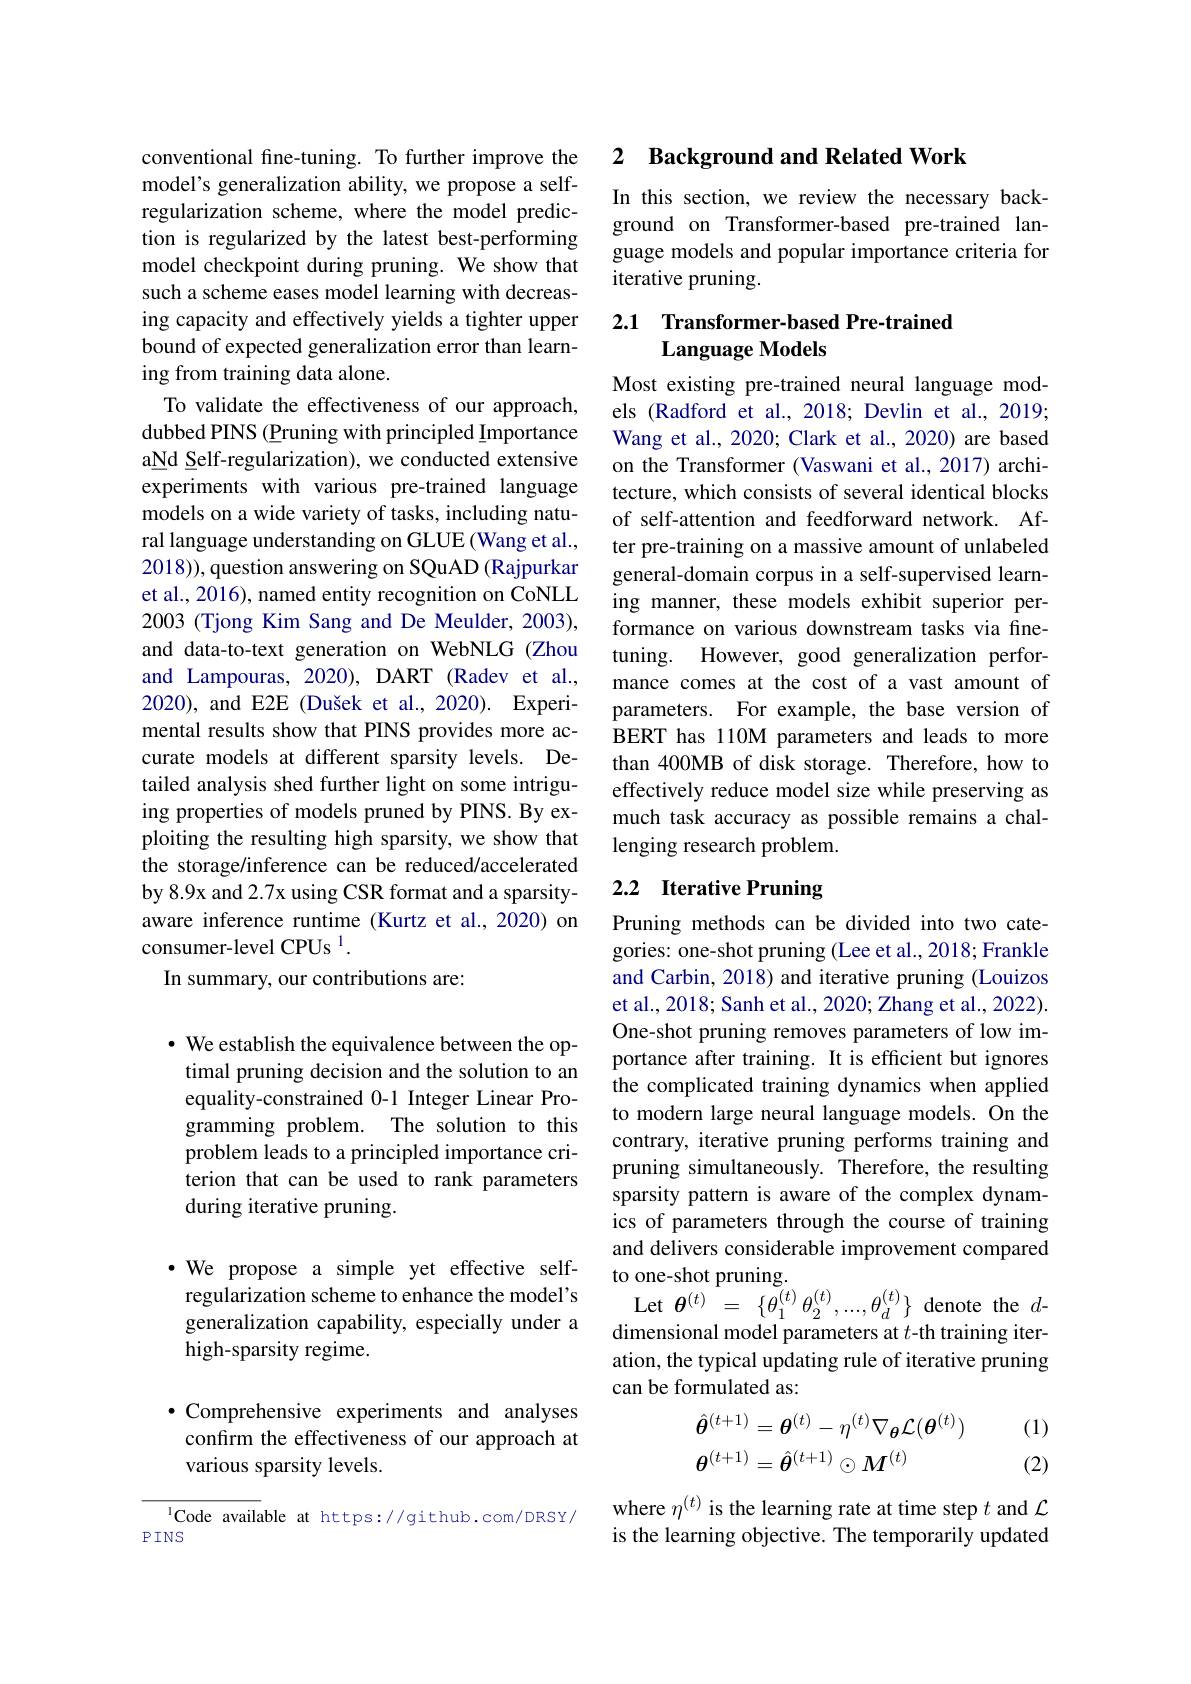
conventional fine-tuning. To further improve the model's generalization ability, we propose a selfregularization scheme, where the model prediction is regularized by the latest best-performing model checkpoint during pruning. We show that such a scheme eases model learning with decreasing capacity and effectively yields a tighter upper bound of expected generalization error than learning from training data alone.
To validate the effectiveness of our approach, dubbed PINS (Pruning with principled Importance aNd Self-regularization), we conducted extensive experiments with various pre-trained language models on a wide variety of tasks, including natural language understanding on GLUE (Wang et al., 2018)), question answering on SQuAD (Rajpurkar et al., 2016), named entity recognition on CoNLL 2003 (Tjong Kim Sang and De Meulder, 2003), and data-to-text generation on WebNLG (Zhou and Lampouras, 2020), DART (Radev et al., 2020), and E2E (Dušek et al., 2020). Experimental results show that PINS provides more accurate models at different sparsity levels. Detailed analysis shed further light on some intriguing properties of models pruned by PINS. By exploiting the resulting high sparsity, we show that the storage/inference can be reduced/accelerated by 8.9x and 2.7x using CSR format and a sparsityaware inference runtime (Kurtz et al.,2020) on consumer-level CPUs $^{1}.$
In summary, our contributions are:

$\cdot$ We establish the equivalence between the optimal pruning decision and the solution to an equality-constrained 0-1 Integer Linear Programming problem. The solution to this problem leads to a principled importance criterion that can be used to rank parameters during iterative pruning.

$\cdot$ We propose a simple yet effective selfregularization scheme to enhance the model's generalization capability, especially under a high-sparsity regime.

$\bullet$ Comprehensive experiments and analyses confirm the effectiveness of our approach at various sparsity levels.

lCode available at https://github.com/DRSY/
$PINS$

### 2 $\textbf{Background and Related Work}$

In this section, we review the necessary background on Transformer-based pre-trained language models and popular importance criteria for iterative pruning.

## 2.1 Transformer-based Pre-trained Language Models

Most existing pre-trained neural language models (Radford et al., 2018; Devlin et al., 2019; Wang et al., 2020; Clark et al., 2020) are based on the Transformer (Vaswani et al., 2017) architecture, which consists of several identical blocks of self-attention and feedforward network. After pre-training on a massive amount of unlabeled general-domain corpus in a self-supervised learning manner, these models exhibit superior performance on various downstream tasks via finetuning. However, good generalization performance comes at the cost of a vast amount of parameters. For example, the base version of BERT has 110M parameters and leads to more than 400MB of disk storage. Therefore, how to effectively reduce model size while preserving as much task accuracy as possible remains a challenging research problem.

## 2.2 Iterative Pruning

Pruning methods can be divided into two categories: one-shot pruning (Lee et al., 2018; Frankle and Carbin, 2018) and iterative pruning (Louizos et al., 2018; Sanh et al., 2020; Zhang et al., 2022). One-shot pruning removes parameters of low importance after training. It is efficient but ignores the complicated training dynamics when applied to modern large neural language models. On the contrary, iterative pruning performs training and pruning simultaneously. Therefore, the resulting sparsity pattern is aware of the complex dynamics of parameters through the course of training and delivers considerable improvement compared to one-shot pruning.
Let $\theta^{(t)}=\{\theta_{1}^{(t)}\theta_{2}^{(t)},...,\theta_{d}^{(t)}\}$ denote the $d$- dimensional model parameters at $t$-th training iteration, the typical updating rule of iterative pruning can be formulated as:
$$\begin{aligned}\hat{\boldsymbol{\theta}}^{(t+1)}&=\boldsymbol{\theta}^{(t)}-\eta^{(t)}\nabla_{\boldsymbol{\theta}}\mathcal{L}(\boldsymbol{\theta}^{(t)})\\\boldsymbol{\theta}^{(t+1)}&=\hat{\boldsymbol{\theta}}^{(t+1)}\odot\boldsymbol{M}^{(t)}\end{aligned}$$
(1)

(2)

where $\eta^{(t)}$ is the learning rate at time step $t$ and $\mathcal{L}$ is the learning objective. The temporarily updated